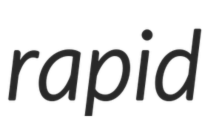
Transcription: rapid